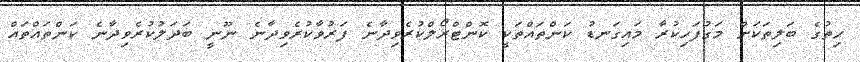
ހިތުގެ ބަލިތަކަށް މަގުފަހިކުރާ މައިގަނޑު ކަންތައްތަކީ ކޮންޓްރޯލްކުރެވިދާނެ ފަރުވާކުރެވިދާނެ ނޫނީ ބަދަލުކުރެވިދާނެ ކަންތައްތައް